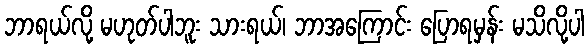
ဘာရယ်လို့ မဟုတ်ပါဘူး သားရယ်၊ ဘာအကြောင်း ပြောရမှန်း မသိလို့ပါ